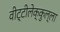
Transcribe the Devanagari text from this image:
वीट्टीलेक्कुल्ला